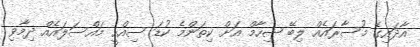
އާދައިގެ މުސާރައެއް ލިބޭ ޝިހާމް އަށް ކިތަންމެ ކުޑަ ސިއްހީ މައްސަލައެއް ދިމާވި